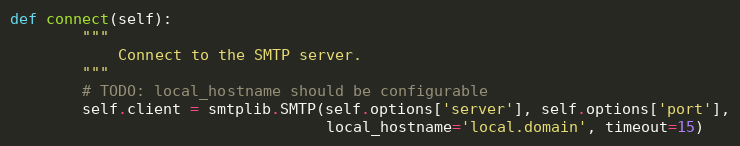
Language: Python
def connect(self):
        """
            Connect to the SMTP server.
        """
        # TODO: local_hostname should be configurable
        self.client = smtplib.SMTP(self.options['server'], self.options['port'],
                                   local_hostname='local.domain', timeout=15)